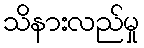
သိနားလည်မှု